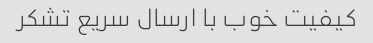
کیفیت خوب با ارسال سریع تشکر